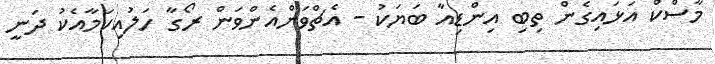
މާސްކް އަޅައިގެން ތިބި އިންޑިއާ ބަޔަކު - އެޗްވަންއެންވަން ރޯގާ ހަލުއިކަމާއެކު ދަނީ